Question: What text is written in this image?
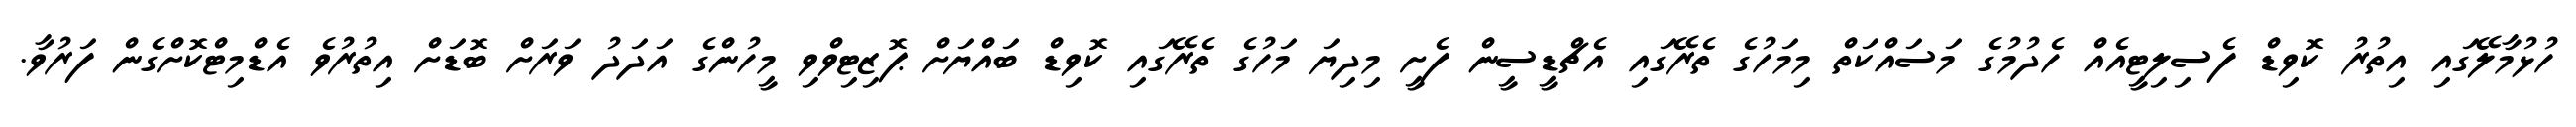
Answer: ހުޅުމާލޭގައި އިތުރު ކޮވިޑް ފެސިލިޓީއެއް ހެދުމުގެ މަސައްކަތް މިމަހުގެ ތެރޭގައި އެޗްޑީސީން ފެށީ މިދިޔަ މަހުގެ ތެރޭގައި ކޮވިޑް ބައްޔަށް ޕޮޒިޓިވްވި މީހުންގެ އަދަދު ވަރަށް ބޮޑަށް އިތުރުވެ އެޑްމިޓްކޮށްގެން ފަރުވާ.